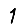
Digit: 1